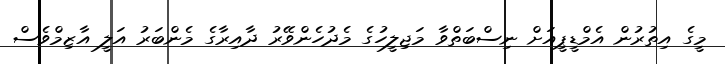
މީގެ އިތުުރުން އެމްޑީޕީއަށް ނިސްބަތްވާ މަޖިލީހުގެ މެދުހެންވޭރު ދާއިރާގެ މެންބަރު އަލީ އާޒިމްވެސް